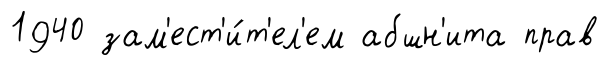
1940 зам'ест'и́т'ел'ем абшн'ита прав